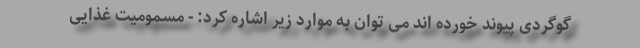
گوگردی پیوند خورده اند می توان به موارد زیر اشاره کرد: - مسمومیت غذایی